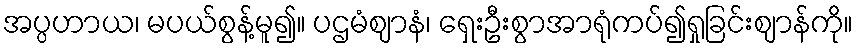
အပ္ပဟာယ၊ မပယ်စွန့်မူ၍။ ပဌမံဈာနံ၊ ရှေးဦးစွာအာရုံကပ်၍ရှုခြင်းဈာန်ကို။